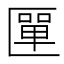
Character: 匰